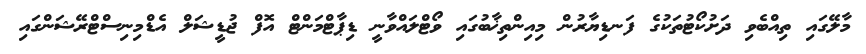
މާލޭގައި ތިއްބެވި ދަށުކޯޓުތަކުގެ ފަނޑިޔާރުން މިއިންތިޚާބުގައި ވޯޓްލައްވާނީ ޑިޕާޓްމަންޓް އޮފް ޖުޑީޝަލް އެޑްމިނިސްޓްރޭޝަންގައި